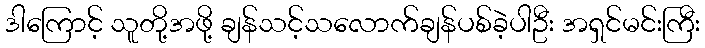
ဒါကြောင့် သူတို့အဖို့ ချန်သင့်သလောက်ချန်ပစ်ခဲ့ပါဦး အရှင်မင်းကြီး